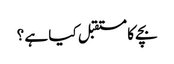
بچے کا مستقبل کیا ہے ؟